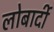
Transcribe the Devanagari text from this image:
लोबार्दी